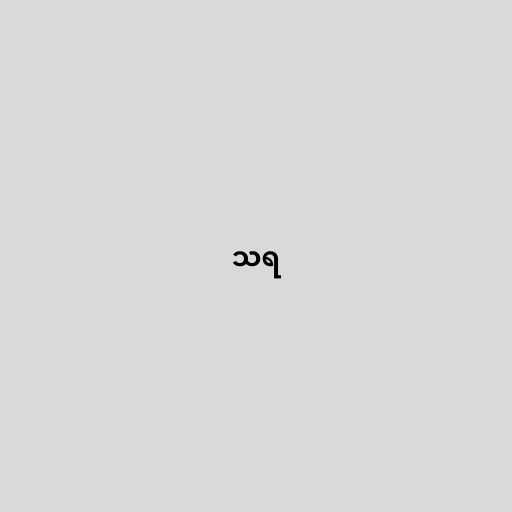
သရ